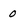
Character: 0